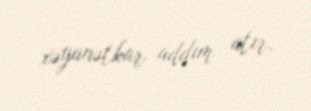
xəyanətkar addım atır.